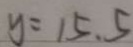
y = 1 5 . 5